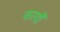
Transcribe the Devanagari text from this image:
कार्यौं